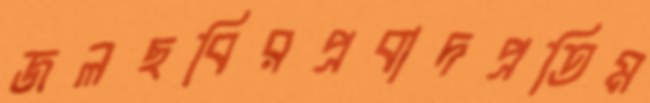
জলছবিরপ্রবাদপ্রতিম